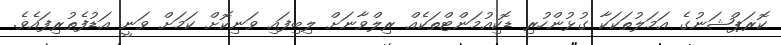
ކޮރަޕްޝަނުގެ އަމަލުތަކަކާ ގުޅުންހުރި ޑޮކިއުމަންޓްތަކެއް ރިލްވާނަށް ލިބިފައި ވަނިކޮށް ކަމަށް ވަނީ އަޑުފެތުރިފައެވެ.